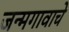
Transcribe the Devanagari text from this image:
जन्मगावाचे